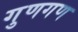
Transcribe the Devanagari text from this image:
गुणगण